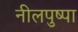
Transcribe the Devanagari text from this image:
नीलपुष्पा